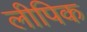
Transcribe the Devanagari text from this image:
लीपिक